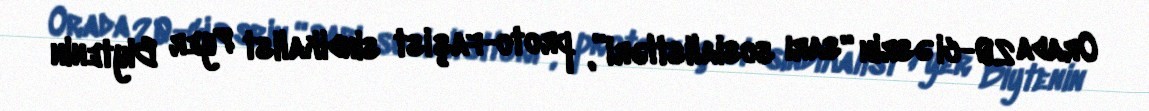
Orada 20-ci əsrin “sarı sosialistləri”, proto-faşist sindikalist Pyer Biytenin